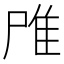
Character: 𨾋